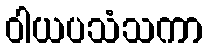
ဝါယပသံသကာ